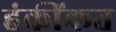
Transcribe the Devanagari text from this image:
हंकींकत